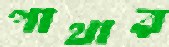
পাথার